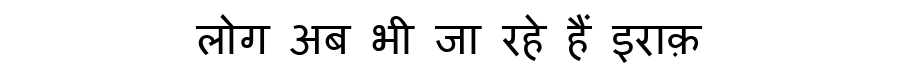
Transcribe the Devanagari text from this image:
लोग अब भी जा रहे हैं इराक़